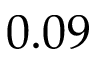
0 . 0 9